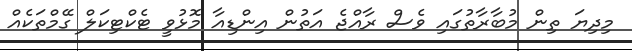
މިދިޔަ ތިން މުބާރާތުގައި ވެސް ރާއްޖެ އަތުން އިންޑިއާ މޮޅުވީ ޓެކްޓިކަލް ގޭމްތަކެއް